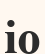
іо